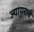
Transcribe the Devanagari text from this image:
ज्यापरत्वे